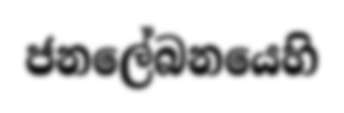
ජනලේබනයෙහි